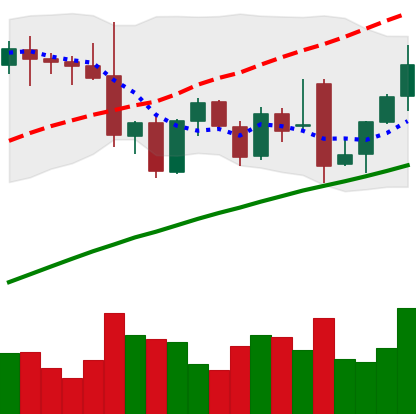
Ticker: ETH-USD
Chart end date: 2021-11-30
Forward return: -9.352%
Label: down_7plus